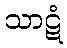
သာဋံ